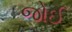
જોઈ